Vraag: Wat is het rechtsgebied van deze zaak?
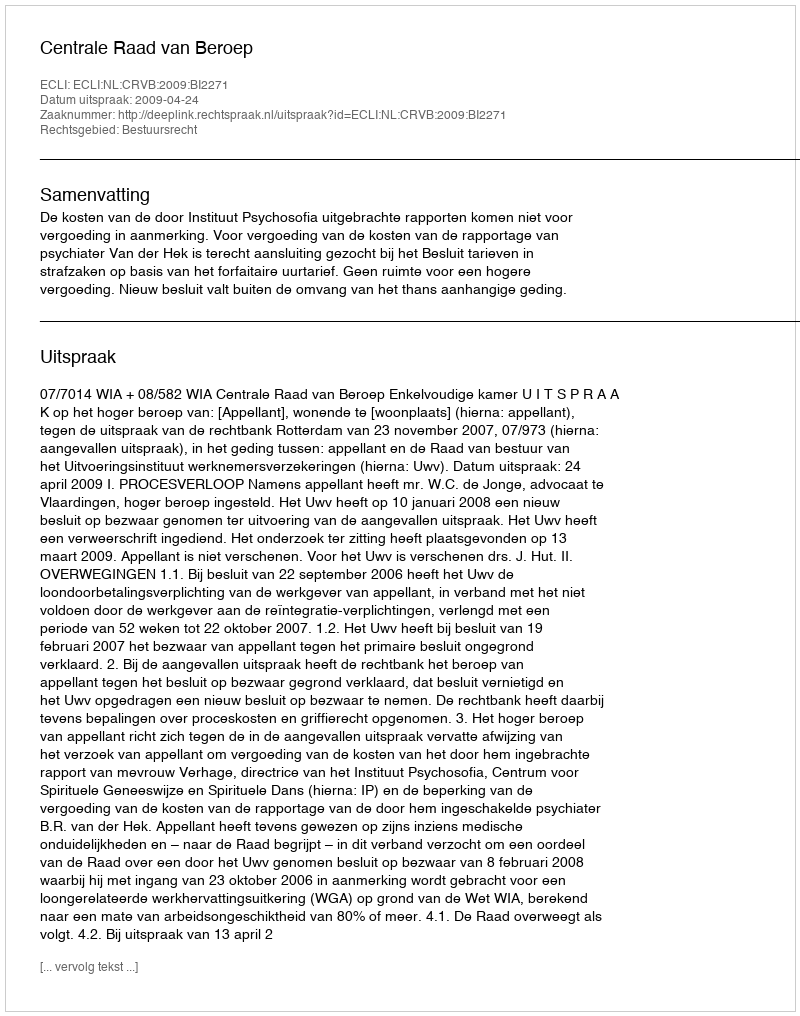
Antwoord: Bestuursrecht